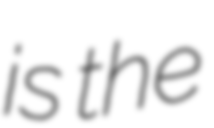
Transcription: is the